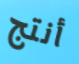
أنتج